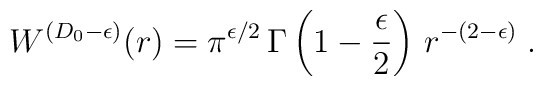
W^{({D_{0}} - \epsilon)}(r) =\pi^{\epsilon/2} \,\Gamma \left(1 - \frac{\epsilon}{2} \right)\, r^{-(2 - \epsilon)}\; .